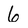
Character: 6